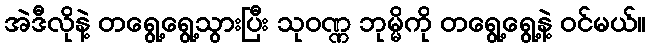
အဲဒီလိုနဲ့ တရွေ့ရွေ့သွားပြီး သုဝဏ္ဏ ဘုမ္မိကို တရွေ့ရွေ့နဲ့ ဝင်မယ်။